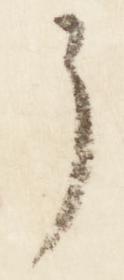
了